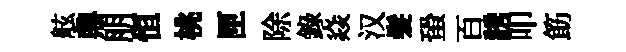
舷鼎朋恒桃匣除錄焱汉髮蛩百誘叩筯